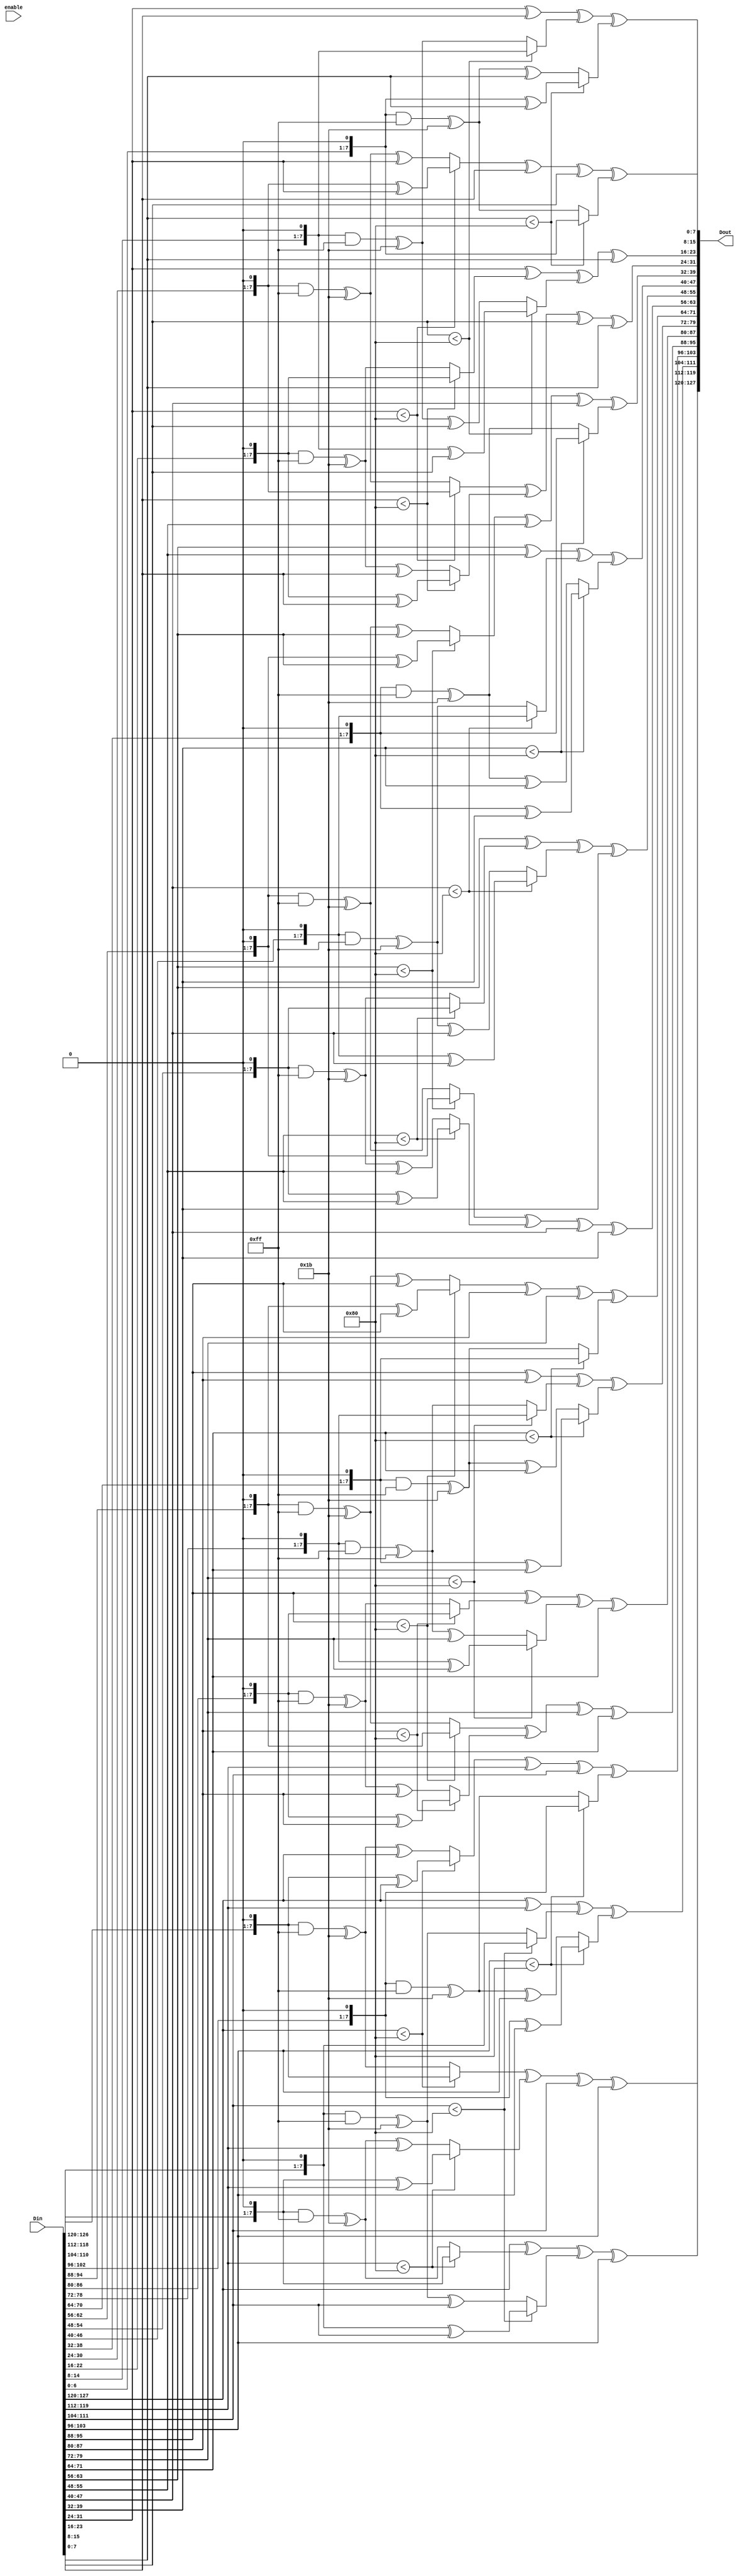


module Mix_Columna(input enable,input [127:0] Din, output [127:0] Dout);


	wire [7:0] b0, b1, b2, b3, b4, b5, b6, b7, b8, b9, b10, b11, b12, b13, b14, b15;
	reg [7:0] C0, C1, C2, C3, C4, C5, C6, C7, C8, C9, C10, C11, C12, C13, C14, C15;

	assign b0 = Din[7:0];
	assign b1 = Din[15:8];
	assign b2 = Din[23:16];
	assign b3 = Din[31:24];
	assign b4 = Din[39:32];
	assign b5 = Din[47:40];
	assign b6 = Din[55:48];
	assign b7 = Din[63:56];
	assign b8 = Din[71:64];
	assign b9 = Din[79:72];
	assign b10 = Din[87:80];
	assign b11 = Din[95:88];
	assign b12 = Din[103:96];
	assign b13 = Din[111:104];
	assign b14 = Din[119:112];
	assign b15 = Din[127:120];
	
	assign Dout[7:0] = C0;
	assign Dout[15:8] = C1;
	assign Dout[23:16] = C2;
	assign Dout[31:24] = C3;
	assign Dout[39:32] = C4;
	assign Dout[47:40] = C5;
	assign Dout[55:48] = C6;
	assign Dout[63:56] = C7;
	assign Dout[71:64] = C8;
	assign Dout[79:72] = C9;
	assign Dout[87:80] = C10;
	assign Dout[95:88] = C11;
	assign Dout[103:96] = C12;
	assign Dout[111:104] = C13;
	assign Dout[119:112] = C14;
	assign Dout[127:120] = C15;
	
	
	always @(*) begin
		C15 = multiply(b15, 2) ^ multiply(b14, 3) ^ multiply(b13, 1) ^ multiply(b12, 1);
		C14 = multiply(b15, 1) ^ multiply(b14, 2) ^ multiply(b13, 3) ^ multiply(b12, 1);
		C13 = multiply(b15, 1) ^ multiply(b14, 1) ^ multiply(b13, 2) ^ multiply(b12, 3);
		C12 = multiply(b15, 3) ^ multiply(b14, 1) ^ multiply(b13, 1) ^ multiply(b12, 2);		

		C11 = multiply(b11, 2) ^ multiply(b10, 3) ^ multiply(b9, 1) ^ multiply(b8, 1);
		C10 = multiply(b11, 1) ^ multiply(b10, 2) ^ multiply(b9, 3) ^ multiply(b8, 1);
		C9 = multiply(b11, 1) ^ multiply(b10, 1) ^ multiply(b9, 2) ^ multiply(b8, 3);
		C8 = multiply(b11, 3) ^ multiply(b10, 1) ^ multiply(b9, 1) ^ multiply(b8, 2);

		C7 = multiply(b7, 2) ^ multiply(b6, 3) ^ multiply(b5, 1) ^ multiply(b4, 1);
		C6 = multiply(b7, 1) ^ multiply(b6, 2) ^ multiply(b5, 3) ^ multiply(b4, 1);
		C5 = multiply(b7, 1) ^ multiply(b6, 1) ^ multiply(b5, 2) ^ multiply(b4, 3);
		C4 = multiply(b7, 3) ^ multiply(b6, 1) ^ multiply(b5, 1) ^ multiply(b4, 2);

		C3 = multiply(b3, 2) ^ multiply(b2, 3) ^ multiply(b1, 1) ^ multiply(b0, 1);
		C2 = multiply(b3, 1) ^ multiply(b2, 2) ^ multiply(b1, 3) ^ multiply(b0, 1);
		C1 = multiply(b3, 1) ^ multiply(b2, 1) ^ multiply(b1, 2) ^ multiply(b0, 3);
		C0 = multiply(b3, 3) ^ multiply(b2, 1) ^ multiply(b1, 1) ^ multiply(b0, 2);
	end
	
	function integer multiply (input integer a, input integer b);
			if (b == 1) begin
				multiply = a;
			end
			else if (b == 2) begin
				multiply = (a < 8'h80) ? a << 1 : (a << 1) & 8'hFF ^ 8'h1B;
			end
			else if (b == 3)
				multiply = (a < 8'h80) ? a << 1 ^ a : ((a << 1) & 8'hFF) ^ 8'h1B ^ a;
	endfunction
endmodule